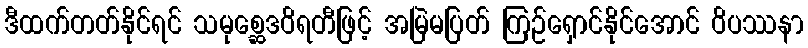
ဒီထက်တတ်နိုင်ရင် သမုစ္ဆေဒဝိရတီဖြင့် အမြဲမပြတ် ကြဉ်ရှောင်နိုင်အောင် ဝိပဿနာ